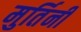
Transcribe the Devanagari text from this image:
मुर्तिनी